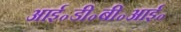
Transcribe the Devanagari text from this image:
आई॰डी॰बी॰आई॰